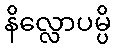
နိလ္လောပမ္ပိ